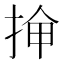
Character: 𫼸